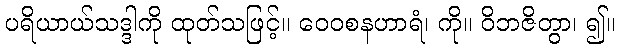
ပရိယာယ်သဒ္ဒါကို ထုတ်သဖြင့်။ ဝေဝစနဟာရံ၊ ကို။ ဝိဘဇိတွာ၊ ၍။